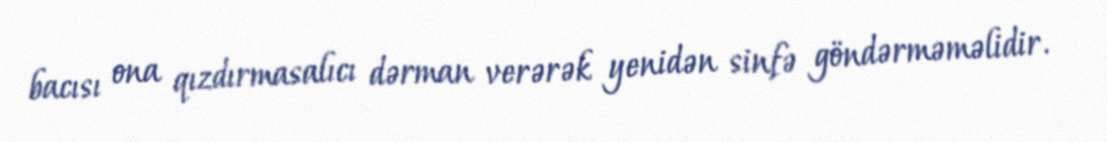
bacısı ona qızdırmasalıcı dərman verərək yenidən sinfə göndərməməlidir.